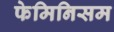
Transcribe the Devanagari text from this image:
फेमिनिसम